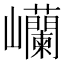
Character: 𫶥